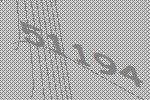
51194